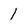
Character: 1